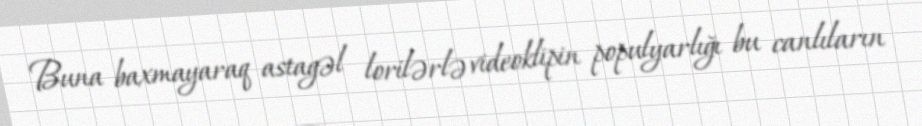
Buna baxmayaraq astagəl lorilərlə videoklipin populyarlığı bu canlıların